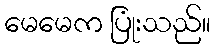
မေမေက ပြုံးသည်။